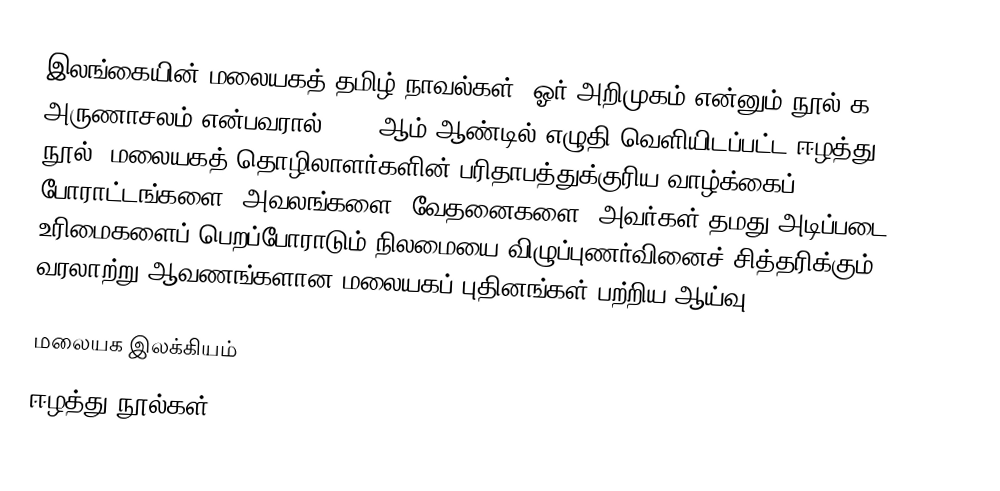
இலங்கையின் மலையகத் தமிழ் நாவல்கள்: ஓர் அறிமுகம் என்னும் நூல் க. அருணாசலம் என்பவரால் 1999 ஆம் ஆண்டில் எழுதி வெளியிடப்பட்ட ஈழத்து நூல். மலையகத் தொழிலாளர்களின் பரிதாபத்துக்குரிய வாழ்க்கைப் போராட்டங்களை, அவலங்களை, வேதனைகளை, அவர்கள் தமது அடிப்படை உரிமைகளைப் பெறப்போராடும் நிலமையை விழுப்புணர்வினைச் சித்தரிக்கும் வரலாற்று ஆவணங்களான மலையகப் புதினங்கள் பற்றிய ஆய்வு.

மலையக இலக்கியம்
ஈழத்து நூல்கள்